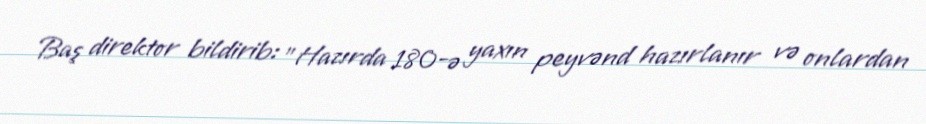
Baş direktor bildirib: "Hazırda 180-ə yaxın peyvənd hazırlanır və onlardan